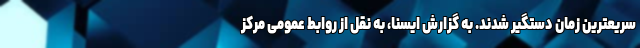
سریعترین زمان دستگیر شدند. به گزارش ایسنا، به نقل از روابط عمومی مرکز